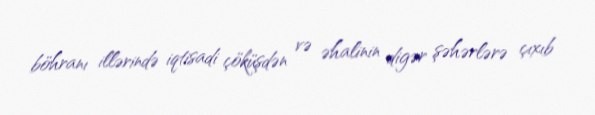
böhranı illərində iqtisadi çöküşdən və əhalinin digər şəhərlərə çıxıb